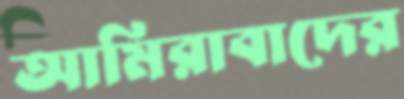
আমিরাবাদের